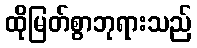
ထိုမြတ်စွာဘုရားသည်